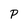
Character: P